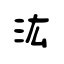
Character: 汯